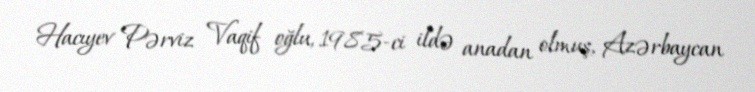
Hacıyev Pərviz Vaqif oğlu, 1985-ci ildə anadan olmuş, Azərbaycan